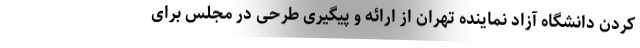
کردن دانشگاه آزاد نماینده تهران از ارائه و پیگیری طرحی در مجلس برای